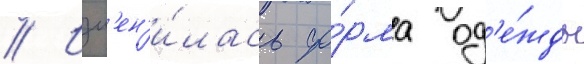
// Изм'ен'и́лась фо́рма од'е́жды